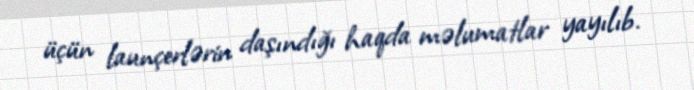
üçün launçerlərin daşındığı haqda məlumatlar yayılıb.